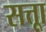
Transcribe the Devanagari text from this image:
सत्ताू